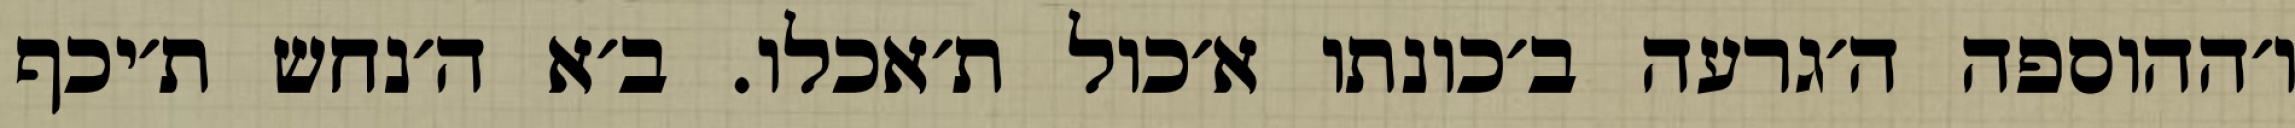
ו׳ההוספה ה׳גרעה ב׳כונתו א׳כול ת׳אכלו. ב׳א ה׳נחש ת׳יכף